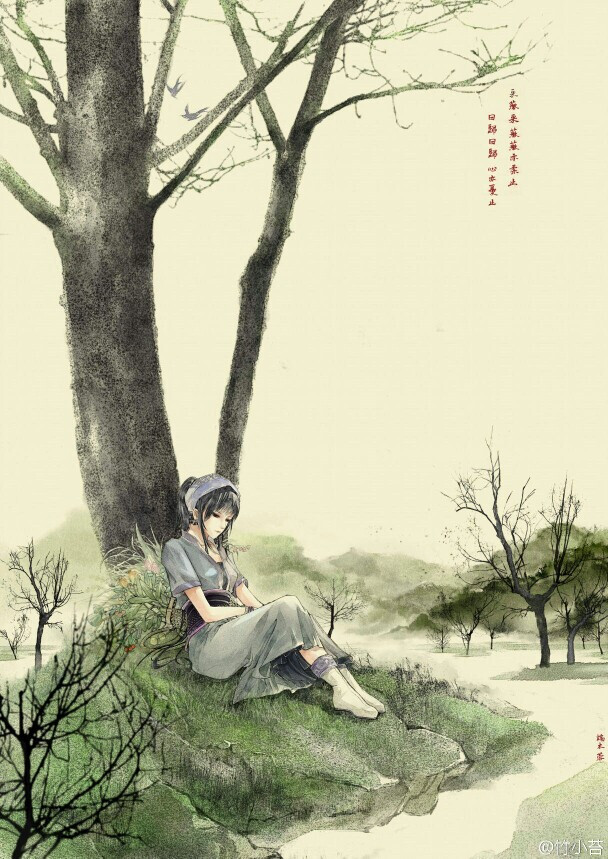
青青河畔草，绵绵思远道。